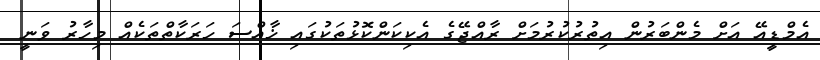
އެމްޑީއޭ އަށް މެންބަރުން އިތުރުކުރުމަށް ރާއްޖޭގެ އެކިކަންކޮޅުތަކުގައި ޚާއްސަ ހަރަކާތްތަކެއް މިހާރު ވަނީ